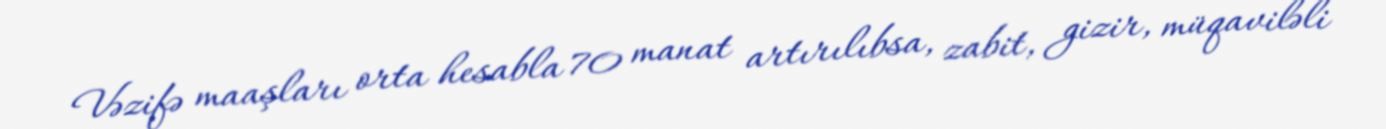
Vəzifə maaşları orta hesabla 70 manat artırılıbsa, zabit, gizir, müqaviləli